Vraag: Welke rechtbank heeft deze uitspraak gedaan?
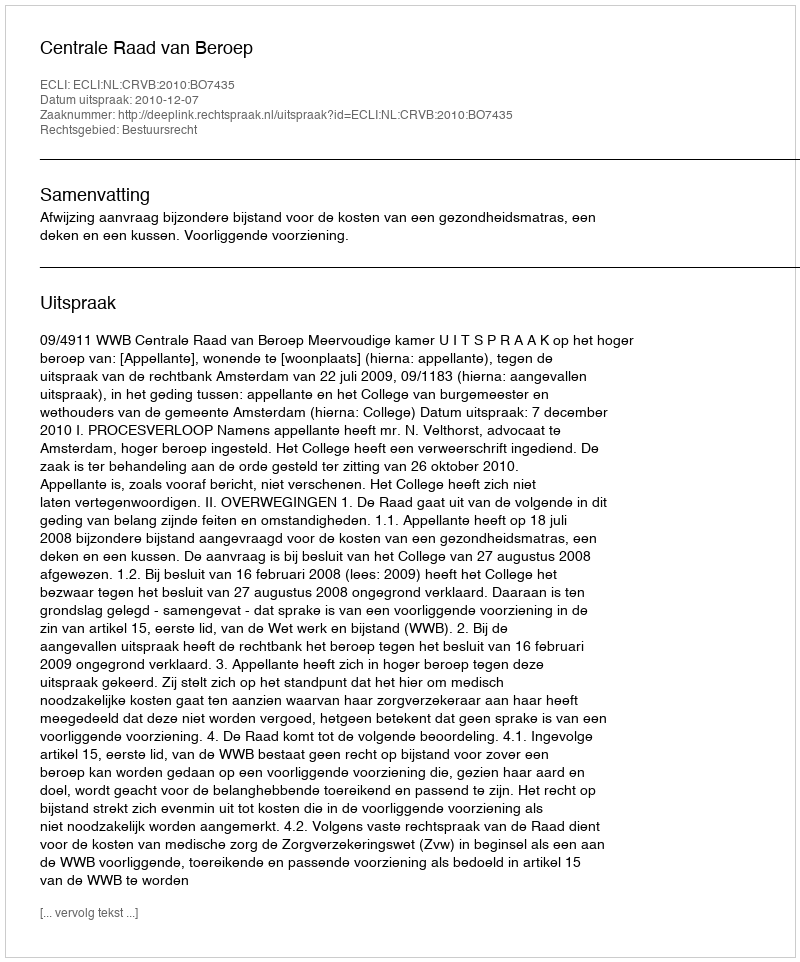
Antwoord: Centrale Raad van Beroep